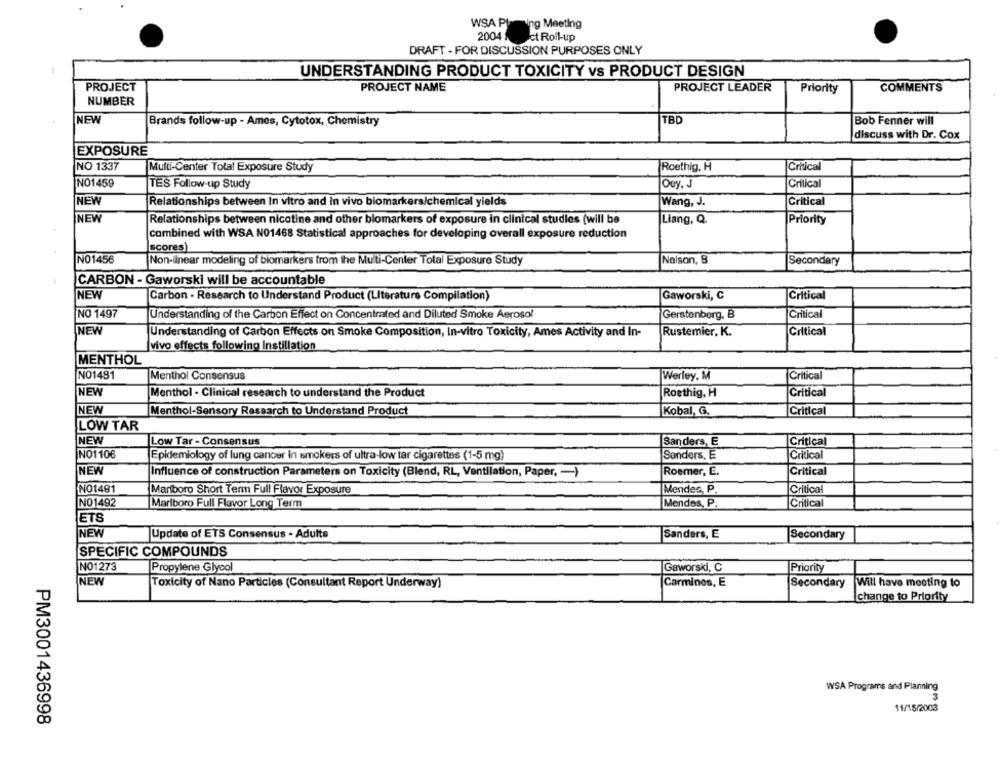
WSA PL
ning Meeting
2004
Ict Roll-up
DRAFT - FOR DISCUSSION PURPOSES ONLY
UNDERSTANDING PRODUCT TOXICITY vs PRODUCT DESIGN
PROJECT
PROJECT NAME
PROJECT LEADER
Priority
COMMENTS
NUMBER
NEW
Brands follow-up - Ames, Cytotox, Chemistry
TBD
Bob Fenner will
discuss with Dr. Cox
EXPOSURE
NO 1337
Multi-Center Total Exposure Study
Roethig, H
Critical
NO1459
OGy, J
Critical
TES Follow-up Study
NEW
Relationships between In vitro and in vivo biomarkers/chemical yields
Wang, J.
Critical
NEW
Relationships between nicotine and other biomarkers of exposure in clinical studies (will be
Liang, Q.
Priority
combined with WSA NO1468 Statistical approaches for developing overall exposure reduction
scores)
NO1456
Non-linear modeling of biomarkers from the Multi-Center Total Exposure Study
Nalson, B
Secondary
CARBON - Gaworski will be accountable
NEW
Carbon - Research to Understand Product (Literature Compilation)
Gaworski, C
Critical
NO 1497
Understanding of the Carbon Effect on Concentrated and Diluted Smoke Aerosol
Critical
Gerstenberg, B
NEW
Understanding of Carbon Effects on Smoke Composition, In-vitro Toxicity, Ames Activity and In-
Rustemier. K.
Critical
vivo effects following Instillation
MENTHOL
NO1481
Menthol Consensus
Werley. M
Critical
NEW
Menthol - Clinical research to understand the Product
Roethig, H
Critical
NEW
Menthol-Sensory Research to Understand Product
Kobal, G.
Critical
LOW TAR
NEW
Low Tar - Consensus
Sanders, E
Critical
NO1106
Epidemiology of lung cancer in smokers of ultra-low tar cigarettes (1-5 mg)
Sanders, E
Critical
NEW
Influence of construction Parameters on Toxicity (Blend, RL, Ventilation, Paper, - )
Roemer, E.
Critical
NO1481
Marlboro Short Term Full Flavor Exposure
Mendes, P.
Critical
NO1492
Marlboro Full Flavor Long Term
Mendes, P
Critical
ETS
NEW
Update of ETS Consensus - Adults
Sanders, E
Secondary
SPECIFIC COMPOUNDS
NO1273
Propylene Glycol
Gaworski, C
Priority
NEW
Toxicity of Nano Particles (Consultant Report Underway]
Carmines, E
Secondary
Will have meeting to
change to Priority
WSA Programs and Planning
3
11/15/2003
PM3001436998